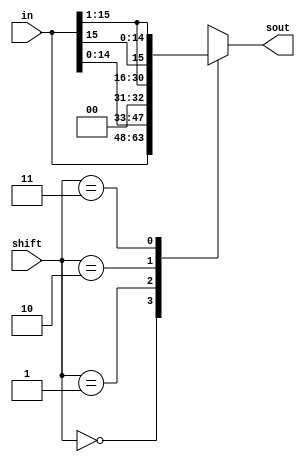
module shifter(in,shift,sout);
input [15:0] in;
input [1:0] shift;
output [15:0] sout;
reg [15:0] sout;
//Checking value of shift to determuine correct operation
always@(*)begin
 case(shift)
  2'b00: sout = in;
  2'b01: sout = {in[14:0], 1'b0};
  2'b10: sout = {1'b0,{in[15:1]}};
  2'b11: sout = {{in[15]},{in[15:1]}};
 default: sout = {16{1'bx}};
 
endcase 
end
endmodule